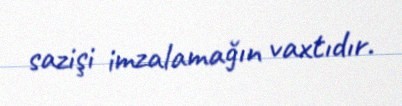
sazişi imzalamağın vaxtıdır.